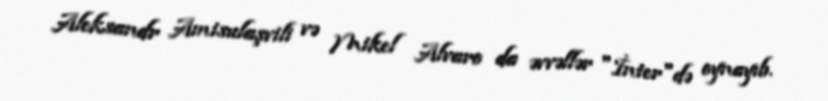
Aleksandr Amisulaşvili və Mikel Alvaro da əvvəllər "İnter"də oynayıb.